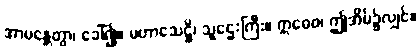
အာမန္တေတွာ၊ ခေါ်၍။ မဟာသေဋ္ဌိ၊ သူဌေးကြီး။ ဣဓေဝ၊ ဤအိမ်၌လျှင်။